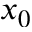
x _ { 0 }